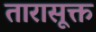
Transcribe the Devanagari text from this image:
तारासूक्त